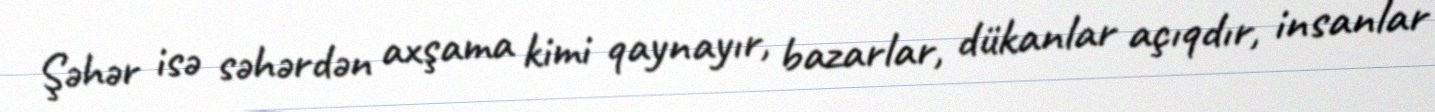
Şəhər isə səhərdən axşama kimi qaynayır, bazarlar, dükanlar açıqdır, insanlar